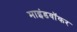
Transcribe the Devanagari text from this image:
माइंडवॉकर